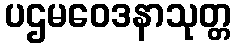
ပဌမဝေဒနာသုတ္တ